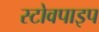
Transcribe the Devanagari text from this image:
स्टोवपाइप